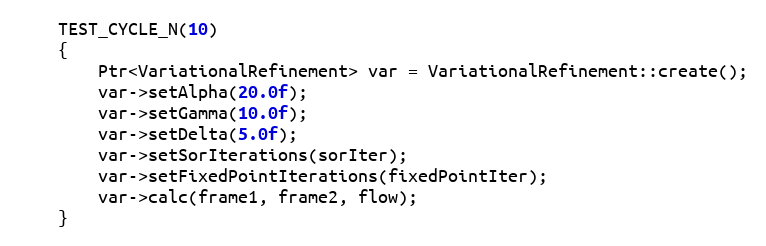
Language: C++
    TEST_CYCLE_N(10)
    {
        Ptr<VariationalRefinement> var = VariationalRefinement::create();
        var->setAlpha(20.0f);
        var->setGamma(10.0f);
        var->setDelta(5.0f);
        var->setSorIterations(sorIter);
        var->setFixedPointIterations(fixedPointIter);
        var->calc(frame1, frame2, flow);
    }